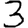
Digit: 3